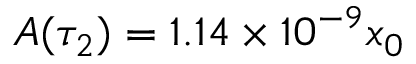
A ( \tau _ { 2 } ) = 1 . 1 4 \times 1 0 ^ { - 9 } x _ { 0 }